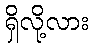
ရှိလို့လား